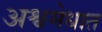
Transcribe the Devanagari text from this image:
अश्वमेधात